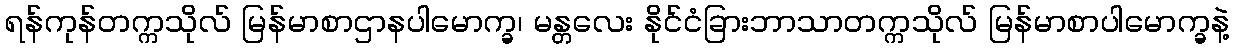
ရန်ကုန်တက္ကသိုလ် မြန်မာစာဌာနပါမောက္ခ၊ မန္တလေး နိုင်ငံခြားဘာသာတက္ကသိုလ် မြန်မာစာပါမောက္ခနဲ့